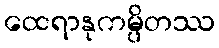
ထေရာနုကမ္ပိတဿ